Indian journal of veterinary science and animal husbandry - Volume 12,
Year: 1942
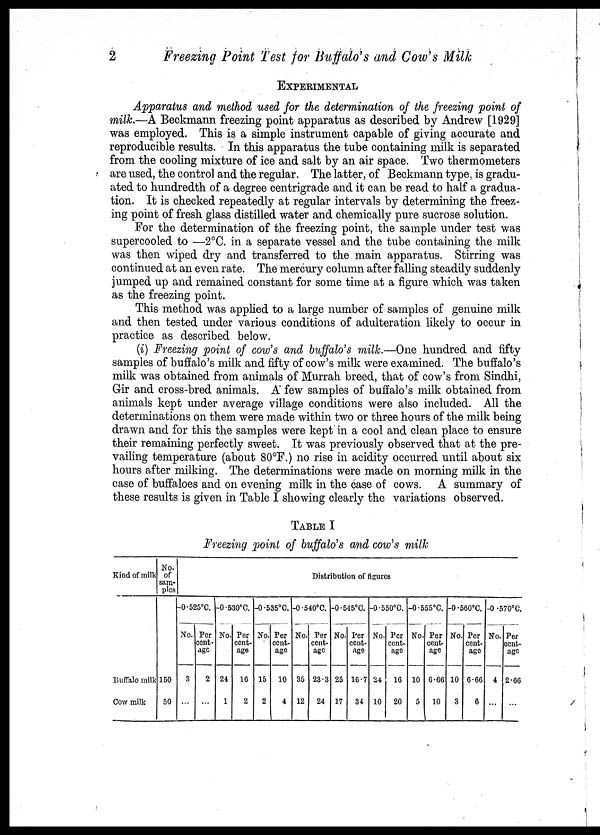
2
Freezing Point Test for Buffalo's and Cow's Milk
EXPERIMENTAL
Apparatus and method used for the determination of the freezing point of
milk.—A Beckmann freezing point apparatus as described by Andrew [1929]
was employed. This is a simple instrument capable of giving accurate and
reproducible results. In this apparatus the tube containing milk is separated
from the cooling mixture of ice and salt by an air space. Two thermometers
are used, the control and the regular. The latter, of Beckmann type, is gradu-
ated to hundredth of a degree centrigrade and it can be read to half a gradua-
tion. It is checked repeatedly at regular intervals by determining the freez-
ing point of fresh glass distilled water and chemically pure sucrose solution.
For the determination of the freezing point, the sample under test was
supercooled to —2°C. in a separate vessel and the tube containing the milk
was then wiped dry and transferred to the main apparatus. Stirring was
continued at an even rate. The mercury column after falling steadily suddenly
jumped up and remained constant for some time at a figure which was taken
as the freezing point.
This method was applied to a large number of samples of genuine milk
and then tested under various conditions of adulteration likely to occur in
practice as described below.
(i) Freezing point of cow's and buffalo's milk.—One hundred and fifty
samples of buffalo's milk and fifty of cow's milk were examined. The buffalo's
milk was obtained from animals of Murrah breed, that of cow's from Sindhi,
Gir and cross-bred animals. A few samples of buffalo's milk obtained from
animals kept under average village conditions were also included. All the
determinations on them were made within two or three hours of the milk being
drawn and for this the samples were kept in a cool and clean place to ensure
their remaining perfectly sweet. It was previously observed that at the pre-
vailing temperature (about 80°F.) no rise in acidity occurred until about six
hours after milking. The determinations were made on morning milk in the
case of buffaloes and on evening milk in the case of cows. A summary of
these results is given in Table I showing clearly the variations observed.
TABLE I
Freezing point of buffalo's and cow's milk
Kind of milk
Buffalo milk
Cow milk
No.
of
sam-
ples
150
50
Distribution of figures
—0.525°C.
No.
3
...
Per
cent-
age
2
...
—0.530°C.
No.
24
1
Per
cent-
age
16
2
—0.535°C.
No.
15
2
Per
cent-
age
10
4
—0.540°C.
No.
35
12
Per
cent-
age
23.3
24
—0.545°C.
No.
25
17
Per
cent-
age
16.7
34
—0.550°C.
No.
24
10
Per
cent.
age
16
20
—0.555°C
No.
10
5
Per
cent-
age
6.66
10
—0.560°C.
No.
10
3
Per
cent-
age
6.66
6
—0.570°C.
No.
4
...
Per
cent-
age
2.66
...